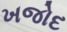
ખજોદ